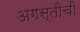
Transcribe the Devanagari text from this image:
अगस्तीची